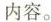
内容。